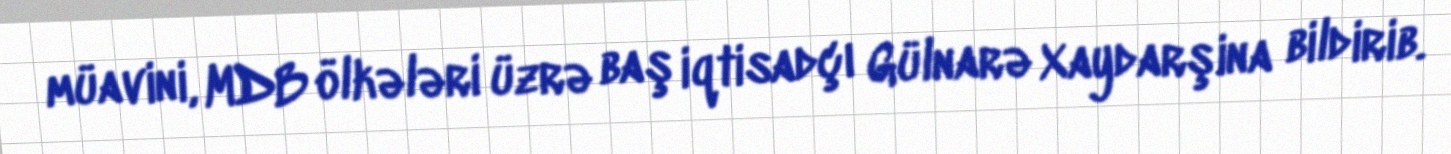
müavini, MDB ölkələri üzrə baş iqtisadçı Gülnarə Xaydarşina bildirib.